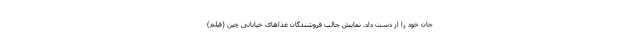
جان خود را از دست داد. نمایش جالب فروشندگان غذاهای خیابانی چین (فیلم)